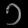
Digit: ၁